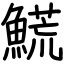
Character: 𩺊